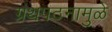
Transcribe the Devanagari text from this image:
ग्रंथपठनामुळे